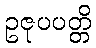
ဥဇုပပတ္တိ